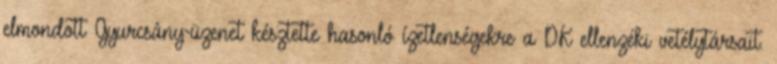
elmondott Gyurcsány-üzenet késztette hasonló ízetlenségekre a DK ellenzéki vetélytársait.